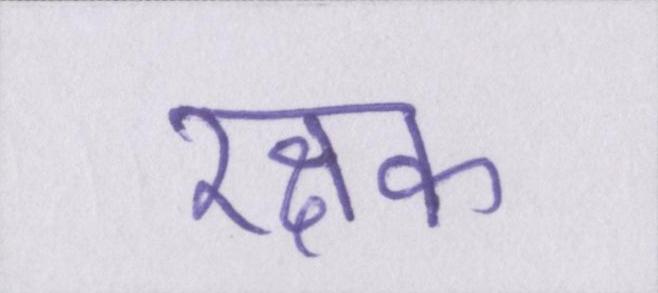
रक्षक